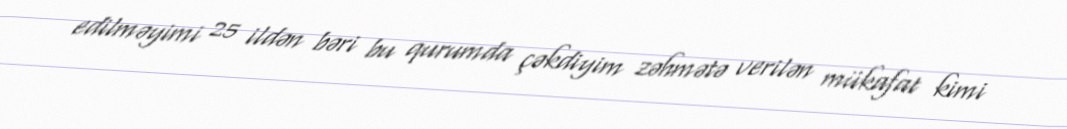
edilməyimi 25 ildən bəri bu qurumda çəkdiyim zəhmətə verilən mükafat kimi